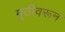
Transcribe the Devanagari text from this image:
मूर्तीवरून